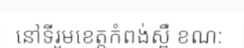
នៅទីរួមខេត្តកំពង់ស្ពឺ ខណ: